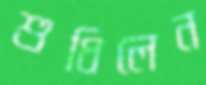
শুধিলেন